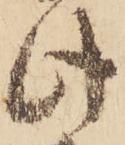
此